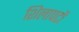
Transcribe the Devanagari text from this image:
शिलापटों